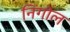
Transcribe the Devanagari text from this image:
निंगोल